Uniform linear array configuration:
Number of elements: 48
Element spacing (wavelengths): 0.25
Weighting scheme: cosine
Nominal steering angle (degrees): -15
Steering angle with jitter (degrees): -15.427
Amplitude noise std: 0.05
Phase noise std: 0.05

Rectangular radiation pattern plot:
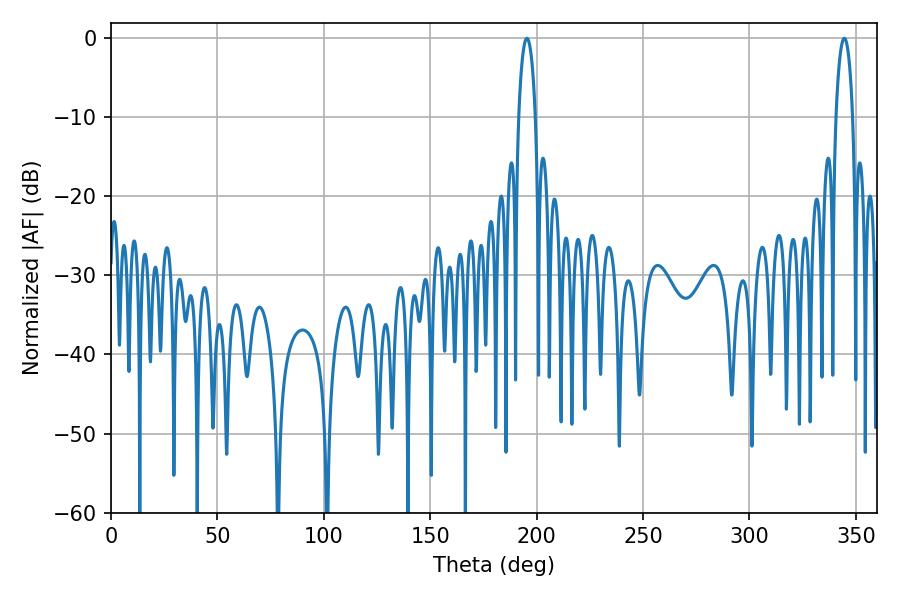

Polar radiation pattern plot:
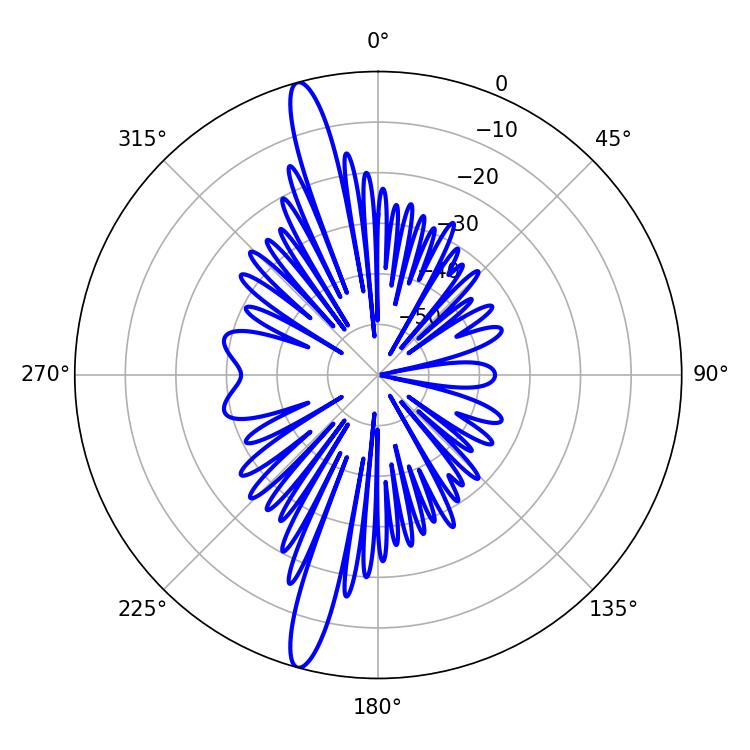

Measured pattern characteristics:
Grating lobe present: FALSE
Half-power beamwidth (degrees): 4.5
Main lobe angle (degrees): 195.48